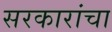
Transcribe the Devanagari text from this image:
सरकारांचा